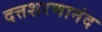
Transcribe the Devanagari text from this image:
दत्तशरणानंद